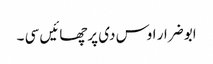
ابو ضرار اوس دی پرچھائیں سی ۔